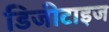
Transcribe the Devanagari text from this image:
डिजीटाइज